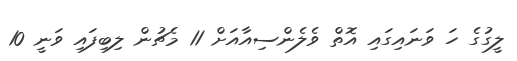
ލީގުގެ ހަ ވަނައިގައި އޮތް ވެލެންސިއާއަށް 11 މެޗުން ލިބިފައި ވަނީ 10